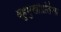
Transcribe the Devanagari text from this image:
बहुमुखीप्रतिभा